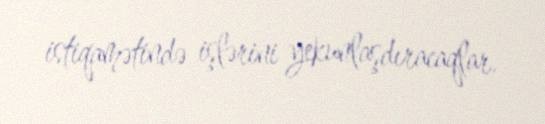
istiqamətində işlərini yekunlaşdıracaqlar.